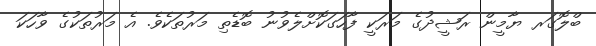
ބްލޮގަރ ޔާމީން ރަޝީދުގެ މަރަކީ ފާހަގަކޮށްލެވުނު ބޮޑެތި މަރުތަކެވެ. އެ މަރުތަކުގެ ވާހަކަ